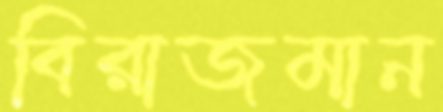
বিরাজমান